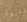
فازوا